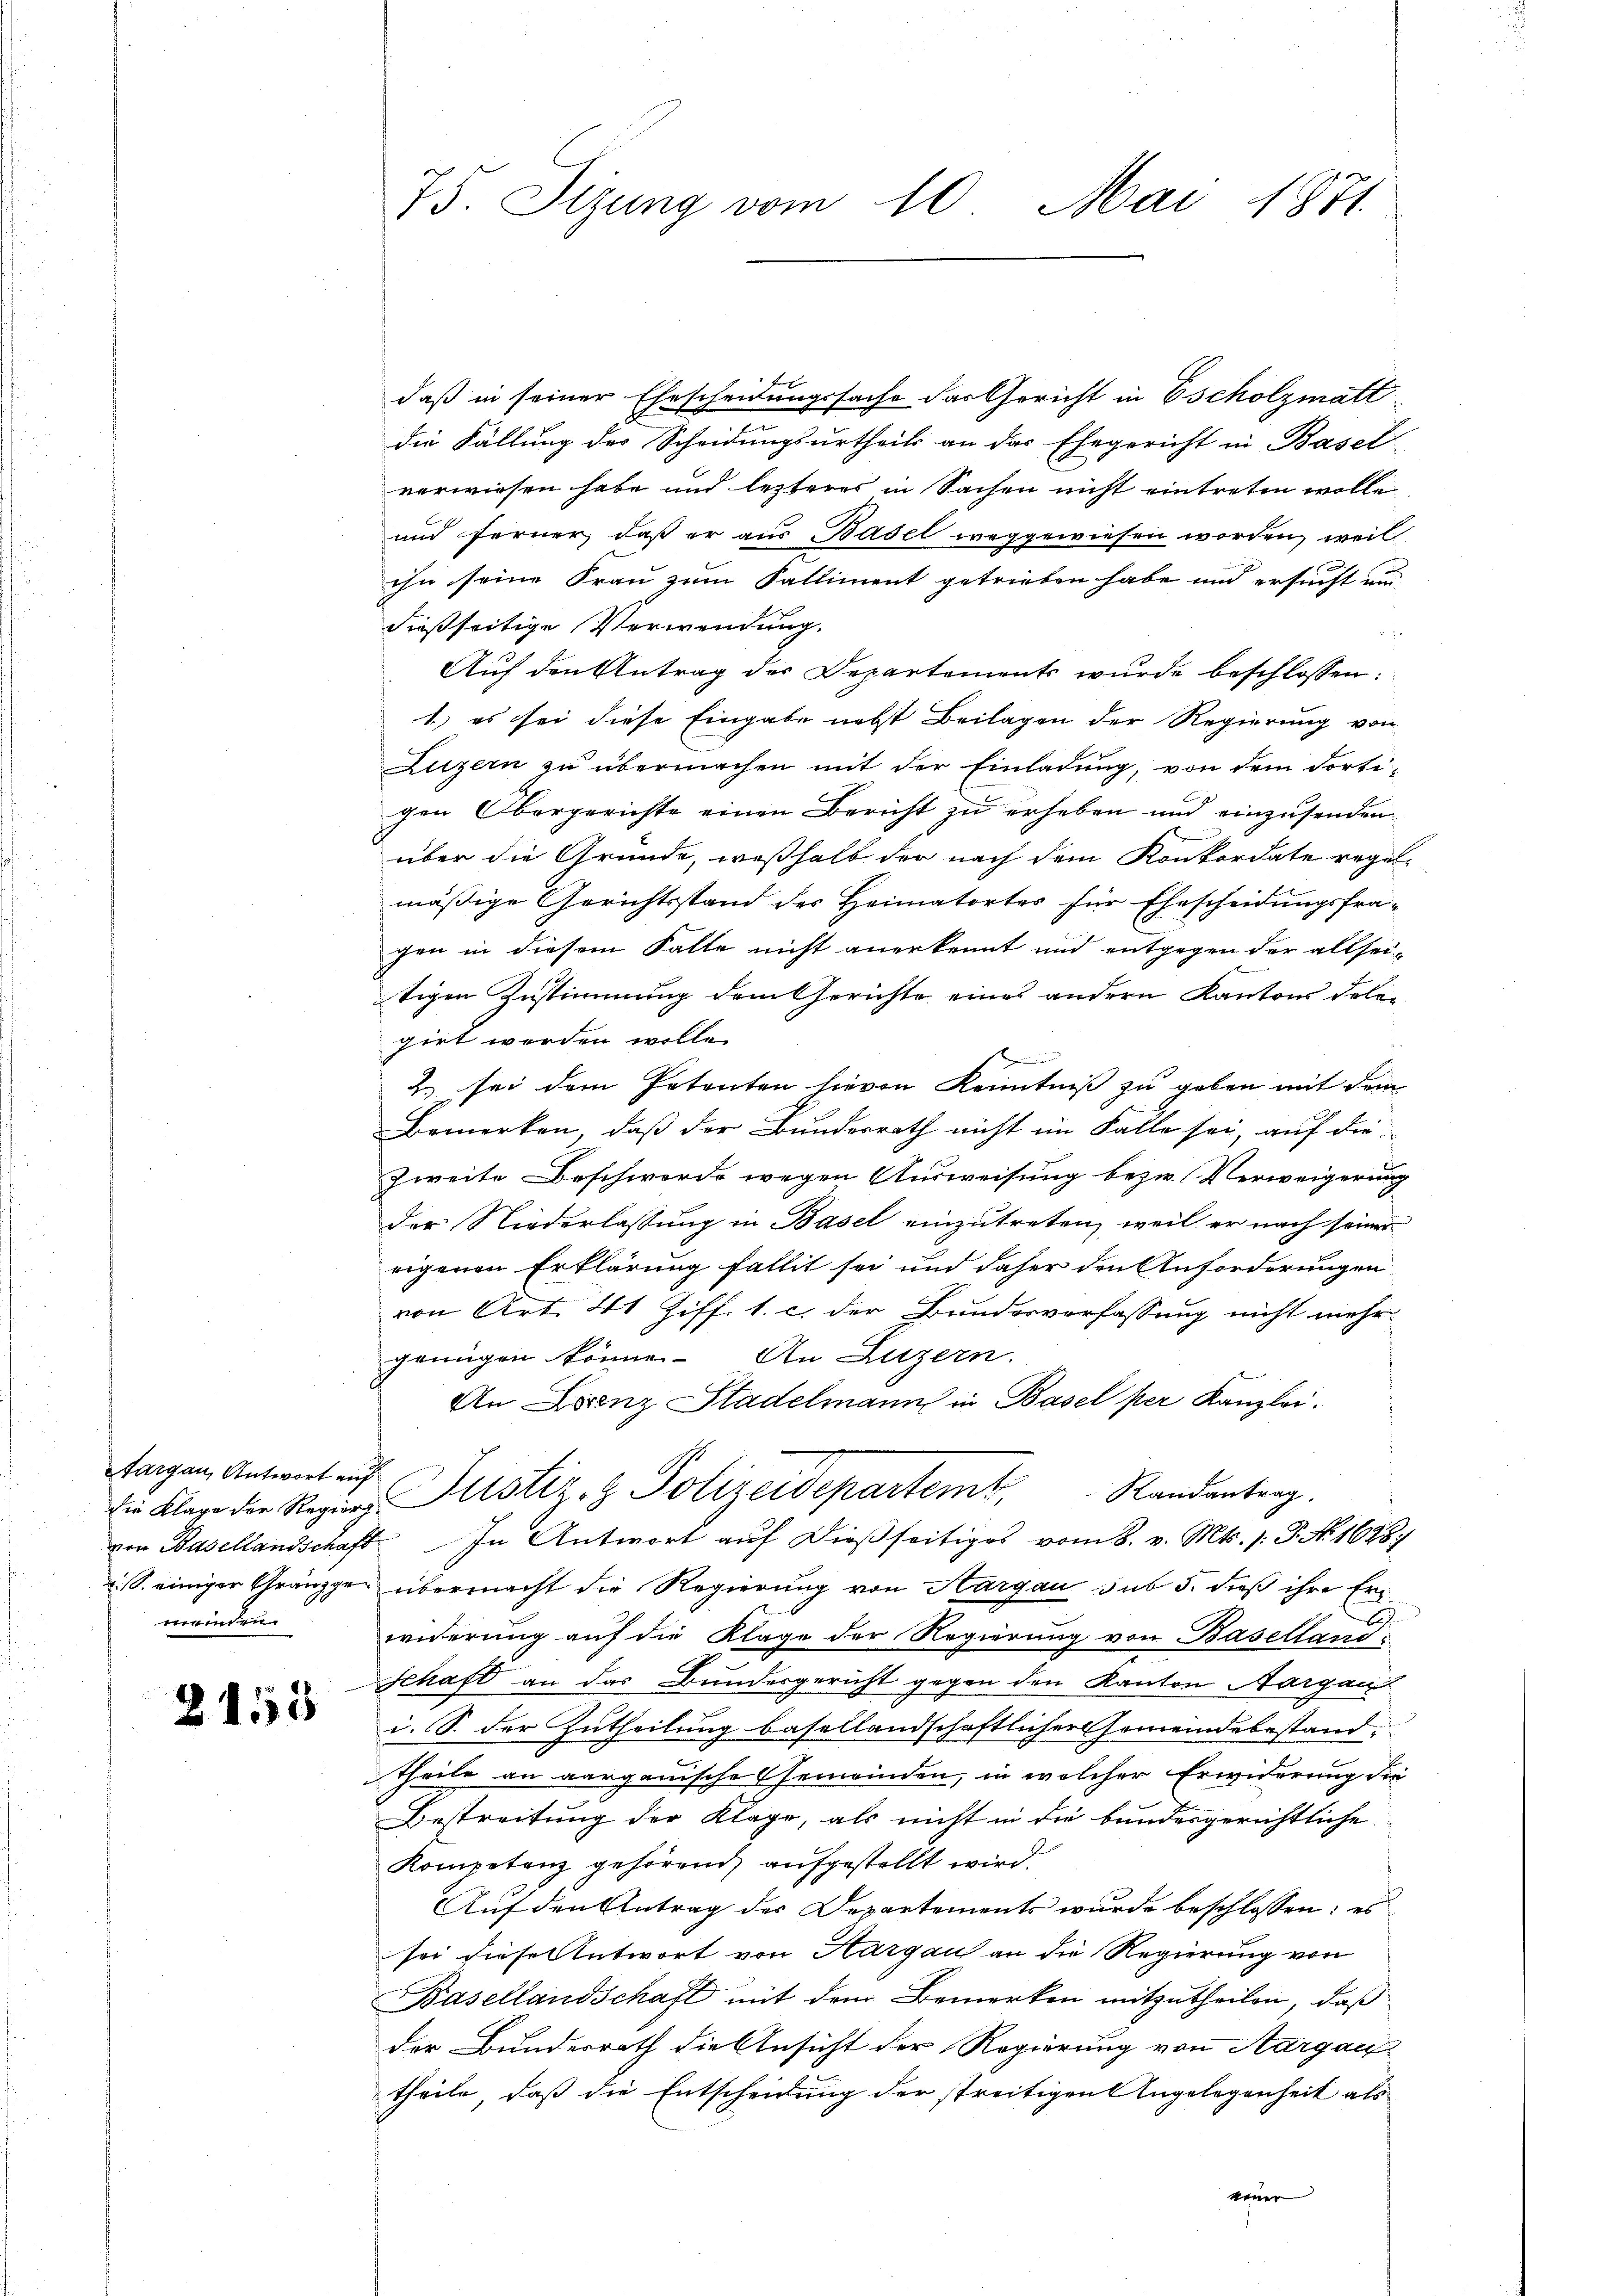
Aargau, Antwort auf
meinden

2153

daß in seiner Ehescheidungssache das Gericht in Escholzmatt
die Fällung der Scheidungsurtheils an das Ehegericht in Basel
verwiesen habe und lezteres in Sachen nicht eintreten wolle,
und ferner, daß er aus Basel weggewiesen worden, weil
ihn seine Frau zum Falliment getrieben habe und ersucht und
dießseitige Verwendung.
 Je
Auf den Antrag der Departements wurde beschlossen:
1.) es sei diese Eingabe nebst Beilagen der Regierung von
Luzern zu übermachen mit der Einladung, von dem dortigen Obergerichte einen Bericht zu erheben und einzusenden
über die Gründe, weßhalb der nach dem Konkordate regelmäßige Gerichtsstand des Heimatortes für Ehescheidungsfra-
gen in diesem Falte nicht anerkennt und entgegen der allsei-
tigen Zustimmung dem Gerichte eines andern Kantons dele-
girt werden wolle.
n
2. sei dem Petenten hievon Kenntniß zu geben mit dem
Bemerken, daß der Bundesrath nicht im Falle sei, auf die
Zweite Beschwerde wegen Ausweisung bezw. Verweigerung
der Niederlassung in Basel einzutreten, weil er nach seiner
eigenen Erklärung fallit sei und daher den Anforderungen
von Art. 41 Ziff. 1. c. der Bundesverfassung nicht mehr-
genügen könne. An Luzern.
An Lorenz Stadelmann in Basel per Kanzlei.
Randantrag.
die Klage der Regier Justiz- & Polizeidepartemt,
von Basellandschaft In Antwort auf dießseitiges vom 8. v. Mts. s. S. Nr. 1688/
S. einiger Gränzgen übermacht die Regierung von Aargau sub 5. dieß ihre Erwiderung auf die Klage der Regierung von Baselland
Schaft an das Bundesgericht gegen den Kanton Aargau
i. S. der Zutheilung basellandschaftlicher Gemeindebestand
Theile an aargauische Gemeinden, in welcher Erwiderung die
Bestreitung der Klage, als nicht in die bundesgerichtliche
Kompetenz gehörend aufgestellt wird.
Auf den Antrag des Departements wurde beschlossen: es
sei diese Antwort von Hargau an die Regierung von
Basellandschaft mit dem Bemerken mitzutheilen, daß
der Bundesrath die Ansicht der Regierung von Aargau
theile, daß die Entscheidung der streitigen Angelegenheit als
neuer

73. Sizung vom 10. Mai 1871.